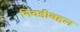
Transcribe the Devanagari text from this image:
निवडीबद्दल